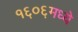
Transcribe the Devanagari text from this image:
१६०६मध्ये